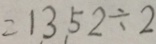
= 1 3 5 2 \div 2